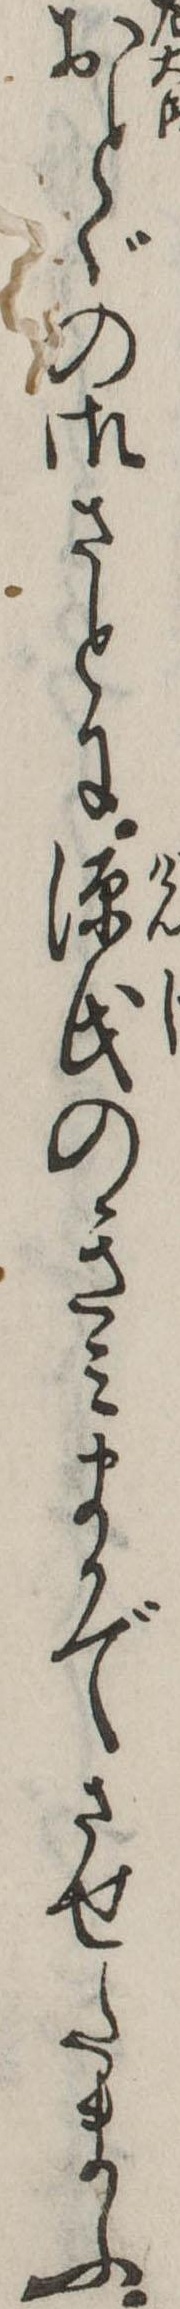
おとゞの御さとに源氏のきみまかでさせたまふ